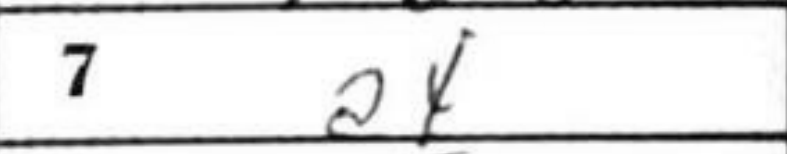
Transcription: a4